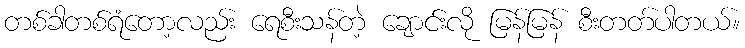
တစ်ခါတစ်ရံတော့လည်း ရေစီးသန်တဲ့ ချောင်းလို မြန်မြန် စီးတတ်ပါတယ်။